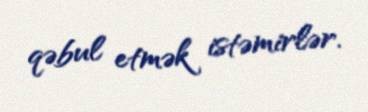
qəbul etmək istəmirlər.